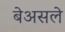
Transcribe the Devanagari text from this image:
बेअसले